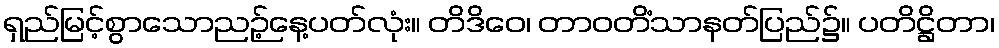
ရှည်မြင့်စွာသောညဉ့်နေ့ပတ်လုံး။ တိဒိဝေ၊ တာဝတိံသာနတ်ပြည်၌။ ပတိဋ္ဌိတာ၊